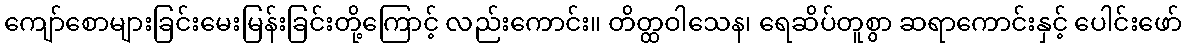
ကျော်စောများခြင်းမေးမြန်းခြင်းတို့ကြောင့် လည်းကောင်း။ တိတ္ထဝါသေန၊ ရေဆိပ်တူစွာ ဆရာကောင်းနှင့် ပေါင်းဖော်